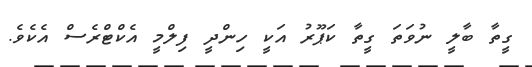
ގީތާ ބާލީ ނުވަތަ ގީތާ ކަޕޫރު އަކީ ހިންދީ ފިލްމީ އެކްޓްރެސް އެކެވެ.